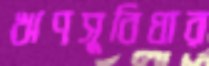
ঋণসুবিধার